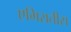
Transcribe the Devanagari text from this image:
एमिरातीस